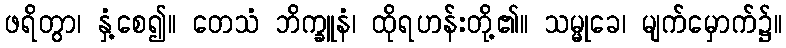
ဖရိတွာ၊ နှံ့စေ၍။ တေသံ ဘိက္ခူနံ၊ ထိုရဟန်းတို့၏။ သမ္မုခေ၊ မျက်မှောက်၌။